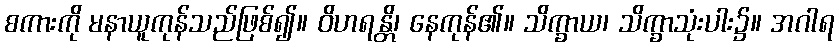
စကားကို မနာယူကုန်သည်ဖြစ်၍။ ဝိဟရန္တိ၊ နေကုန်၏။ သိက္ခာယ၊ သိက္ခာသုံးပါး၌။ အဂါရ